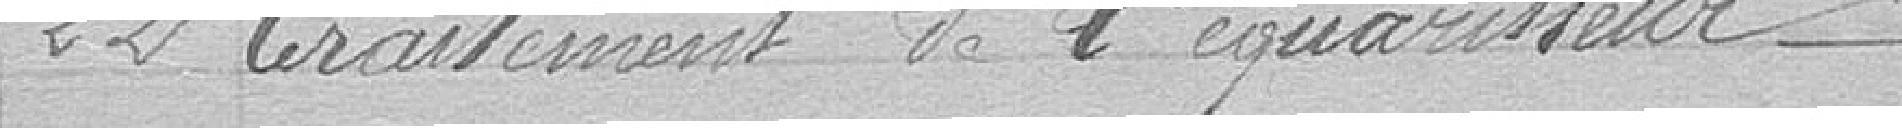
22 traitement de l'équarisseur